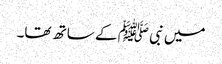
میں نبی ﷺ کے ساتھ تھا۔